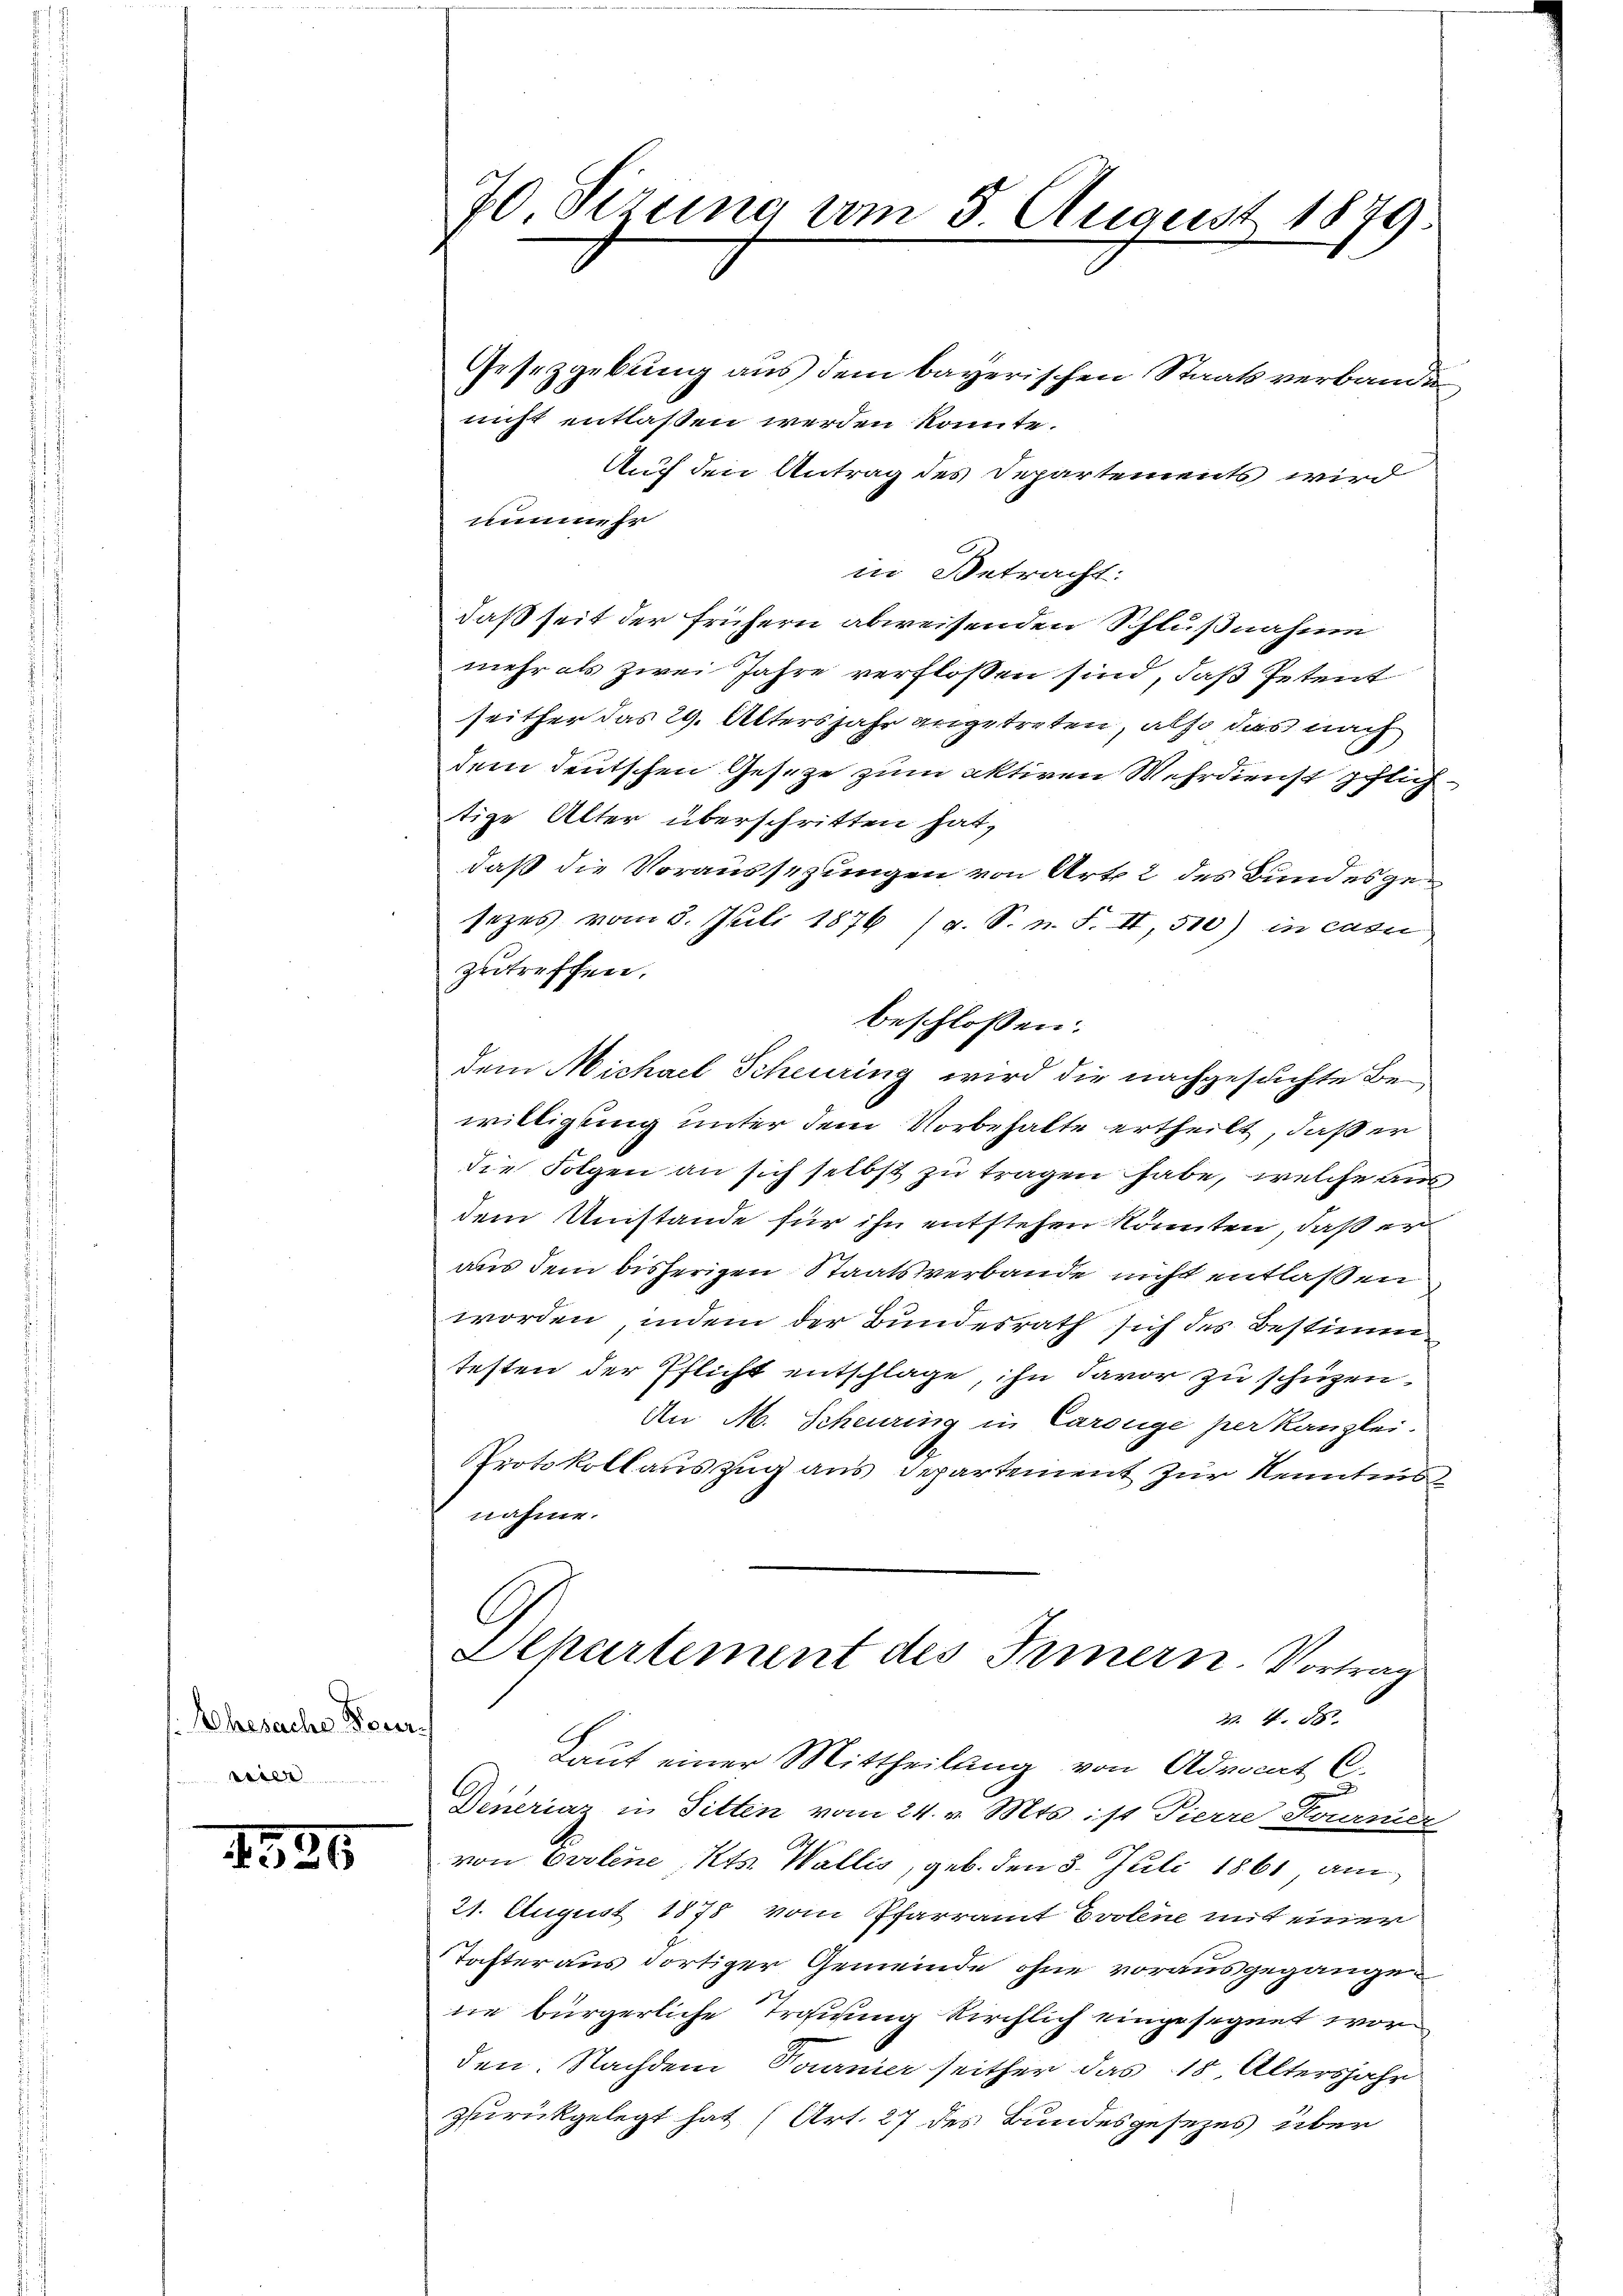
Ehesache Feuer.
ssier

1526

70. Sizung vom 3 August 1879

Gesetzgebung aus dem bayerischen Staatsverbanden
nicht entlassen werden könnte.
Auf den Antrag des Departements wird
nunmehr
in Betracht:
daß seit der frühern abweisenden Schlußnahme
mehr als zwei Jahre verflossen sind, daß Petent
seither das 29. Altersjahr angetreten, also das nach
dem deutschen Geseze zum aktiven Wehrdienst pflichtige Alter überschritten hat,
daß die Voraussezungen von Art. 2 des Bundesgesezes vom 5. Juli 1876 (s. S. n. F. II, 510) in casu
zutreffen.
beschlossen:
dem Michael Scheuring wird die nachgesuchte Bewilligung unter dem Vorbehalte ertheilt, daß er
die Folgen an sich selbst zu tragen habe, welche aus
dem Umstände für ihn entstehen könnten, daß er
aus dem bisherigen Staatsverbande nicht entlaßen
worden, indem der Bundesrath sich des Bestimmtesten der Pflicht entschlage, ihn davor zu schützen,
An M. Scheuring in Carouge per Kanzlei.
Protokollauszug aus Departement zur Kenntnis
nahme.
G
Alhartement des Innern. Vortrag
2. 4. 581
Laut einer Mittheilung von Advocat C.
Dineriaz in Sitten vom 24. v. Mts. ist Tierre Kommen.
von Ovolene Kts. Wallis, geb. den 3. Juli 1861 am
21. August 1878 vom Pfarramt Evolen mit einer
Tochter aus dortiger Gemeinde ohne vorausgegangene bürgerliche Trauung kirchlich eingesegnet worden. Nachdem Vormier seither das 18. Altersjahr
zurückgelegt hat (Art. 27 des Bundesgesezes über